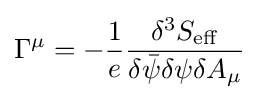
\Gamma ^{\mu }=-{1 \over e}{\delta ^{3}S_{\mathrm {eff} } \over \delta {\bar {\psi }}\delta \psi \delta A_{\mu }}